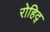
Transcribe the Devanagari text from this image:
रोहिद्